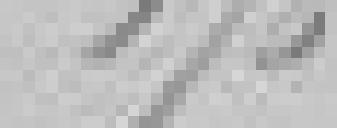
176